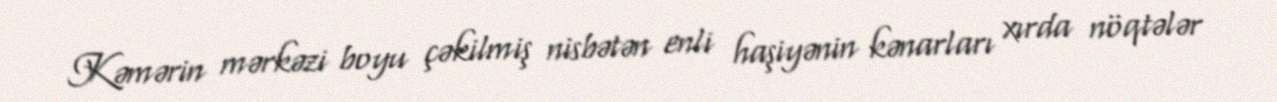
Kəmərin mərkəzi boyu çəkilmiş nisbətən enli haşiyənin kənarları xırda nöqtələr